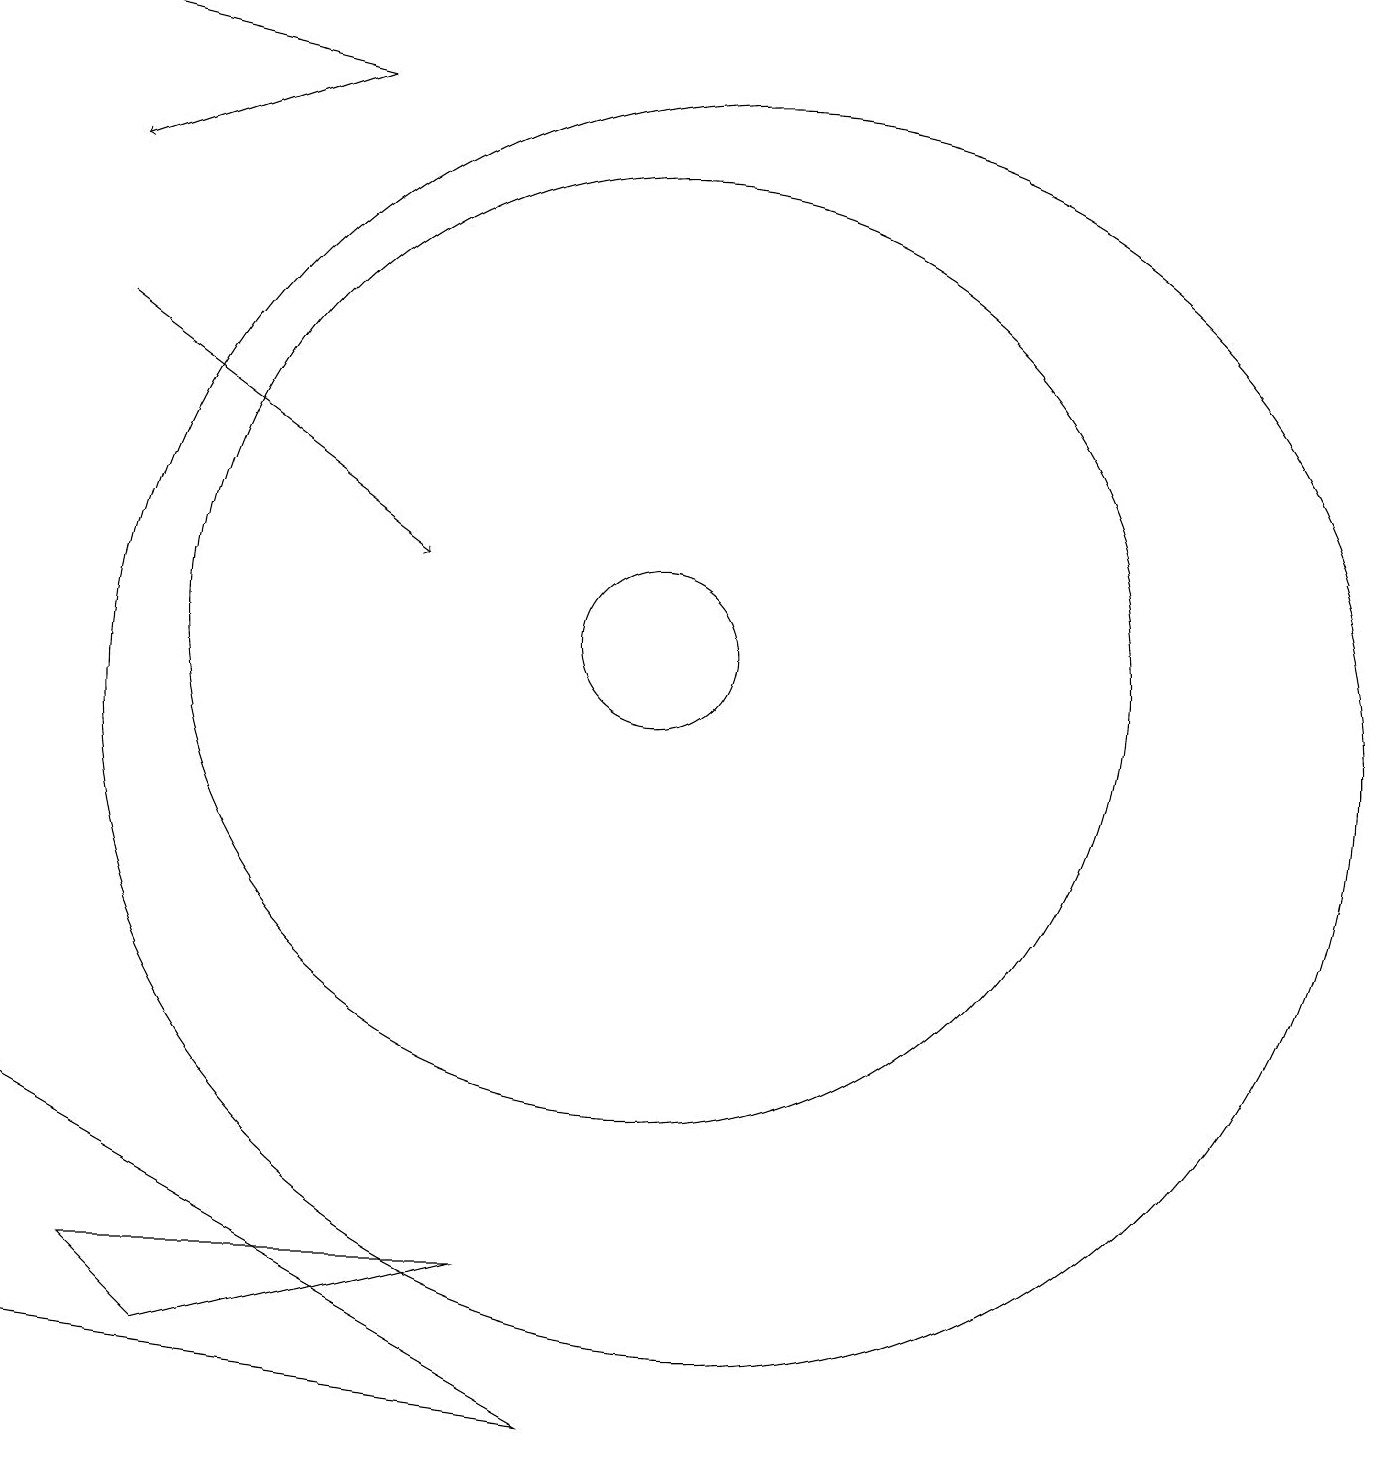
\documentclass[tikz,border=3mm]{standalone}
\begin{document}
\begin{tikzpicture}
\draw[->] (6,18) -- (2,19);
\draw (11,10) circle (8);
\draw (2,2) -- (9,1) -- (2,5) -- cycle;
\draw[->] (3,15) -- (7,12);
\draw (3,3) -- (4,2) -- (8,3) -- cycle;
\draw (10,11) circle (1);
\draw (10,11) circle (6);
\draw[->] (6,18) -- (3,17);
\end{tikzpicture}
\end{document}